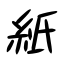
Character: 紙